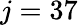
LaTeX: j=37